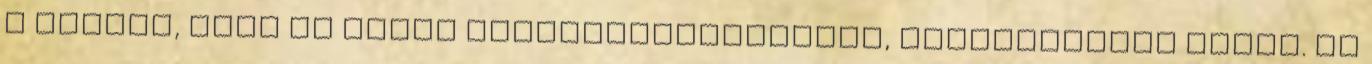
a rontás, amit én talán mega­kadályozhattam, enyhíthettem volna. Az